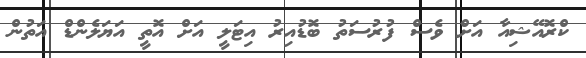
ކްރޮއޭޝިއާ އަށް ވެސް ފުރުސަތު ބޮޑުއިރު އިޓަލީ އަށް އޮތީ އަޔަލެންޑް އަތުން